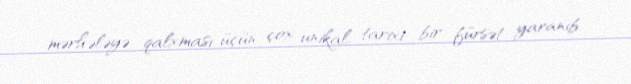
mərhələyə qalxması üçün çox unikal, tarixi bir fürsət yaranıb.